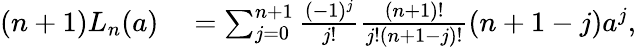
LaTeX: \begin{array}{rl}{(n+1)L_{n}(a)}&{{}=\sum_{j=0}^{n+1}\frac{(-1)^{j}}{j!}\frac{(n+1)!}{j!(n+1-j)!}(n+1-j)a^{j},}\end{array}